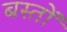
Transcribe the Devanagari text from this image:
बस्तों